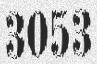
3053